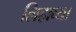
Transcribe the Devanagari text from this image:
लिहाव्या